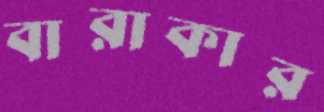
বারাকার